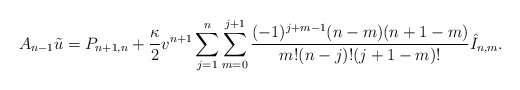
\begin{align*} A_{n-1}\tilde{u}=P_{n+1,n}+\frac{\kappa}{2}v^{n+1}\sum_{j=1}^n\sum_{m=0}^{j+1}\frac{(-1)^{j+m-1}(n-m)(n+1-m)}{m!(n-j)!(j+1-m)!}\hat{I}_{n,m}.\end{align*}